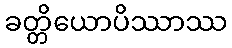
ခတ္တိယောပိဿာဿ